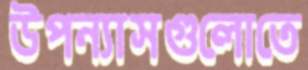
উপন্যাসগুলোতে